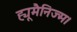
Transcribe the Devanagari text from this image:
ह्यूमैनिज्म।